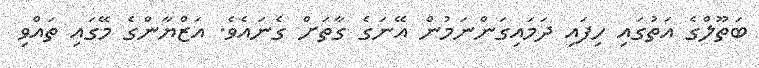
ބަތޫލްގެ އަތުގައި ހިފައި ދަމައިގަންނަމުން އޭނަގެ ގާތަށް ގެނައެވެ. އަޒްޔާންގެ މޭގައި ތައްވި